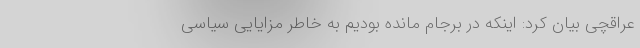
عراقچی بیان کرد: اینکه در برجام مانده بودیم به خاطر مزایایی سیاسی